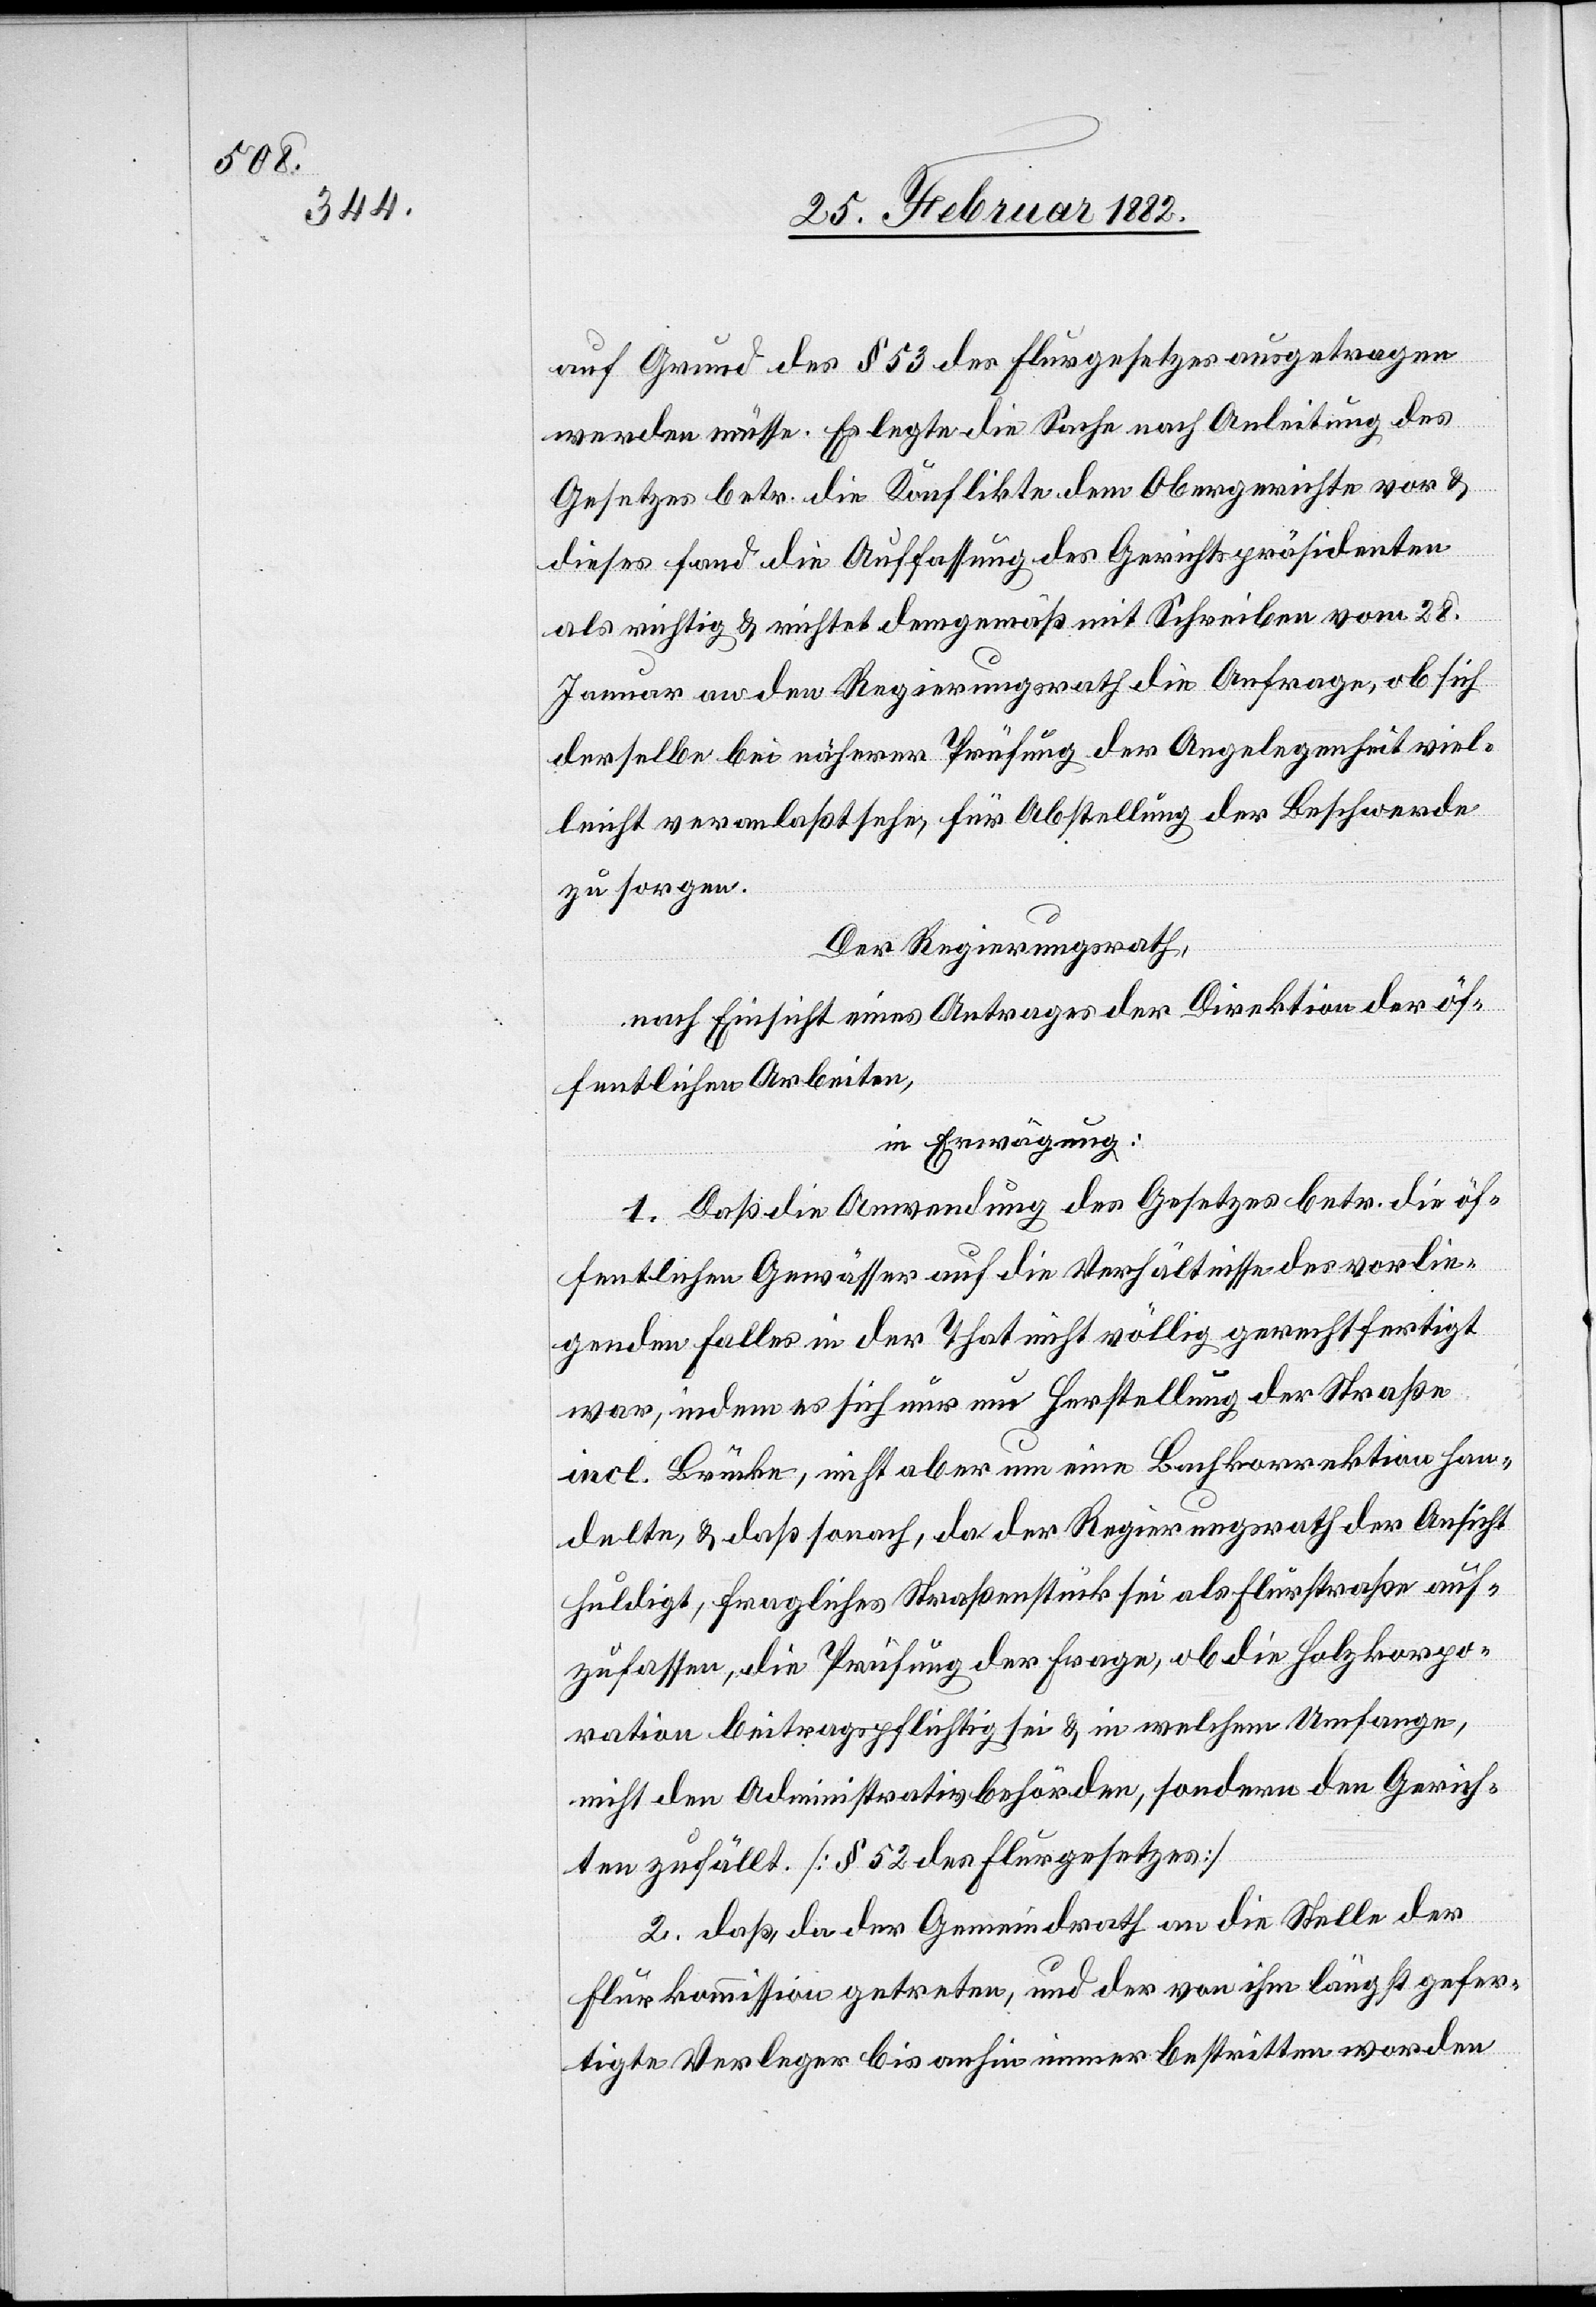
auf Grund des § 53 des Flurgesetzes ausgetragen
werden müsse. Es legte die Sache nach Anleitung des
Gesetzes betr. die Konflikte dem Obergerichte vor &
dieses fand die Auffassung des Gerichtspräsidenten
als richtig & richtet demgemäß mit Schreiben vom 28.
Januar an den Regierungsrath die Anfrage, ob sich
derselbe bei näherer Prüfung der Angelegenheit viel¬
leicht veranlaßt sehe, für Abstellung der Beschwerde
zu sorgen.
Der Regierungsrath,
nach Einsicht eines Antrages der Direktion der öf¬
fentlichen Arbeiten,
in Erwägung:
1. Daß die Anwendung des Gesetzes betr. die öf¬
fentlichen Gewässer auf die Verhältnisse des vorlie¬
genden Falles in der That nicht völlig gerechtfertigt
war, indem es sich nur um Herstellung der Straße
incl. Brücke, nicht aber um eine Bachkorrektion han¬
delte, & daß sonach, da der Regierungsrath der Ansicht
huldigt, fragliches Straßenstück sei als Flurstraße auf¬
zufassen, die Prüfung der Frage, ob die Holzkorpo¬
ration beitragspflichtig sei & in welchem Umfange,
nicht den Administrativbehörden, sondern den Gerich¬
ten zufällt. [§ 52 des Flurgesetzes]
2. daß da der Gemeindrath an die Stelle der
Flurkommission getreten, und der von ihm längst gefer¬
tigte Verleger bis anhin immer bestritten worden